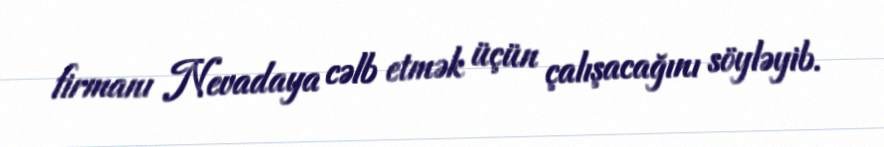
firmanı Nevadaya cəlb etmək üçün çalışacağını söyləyib.